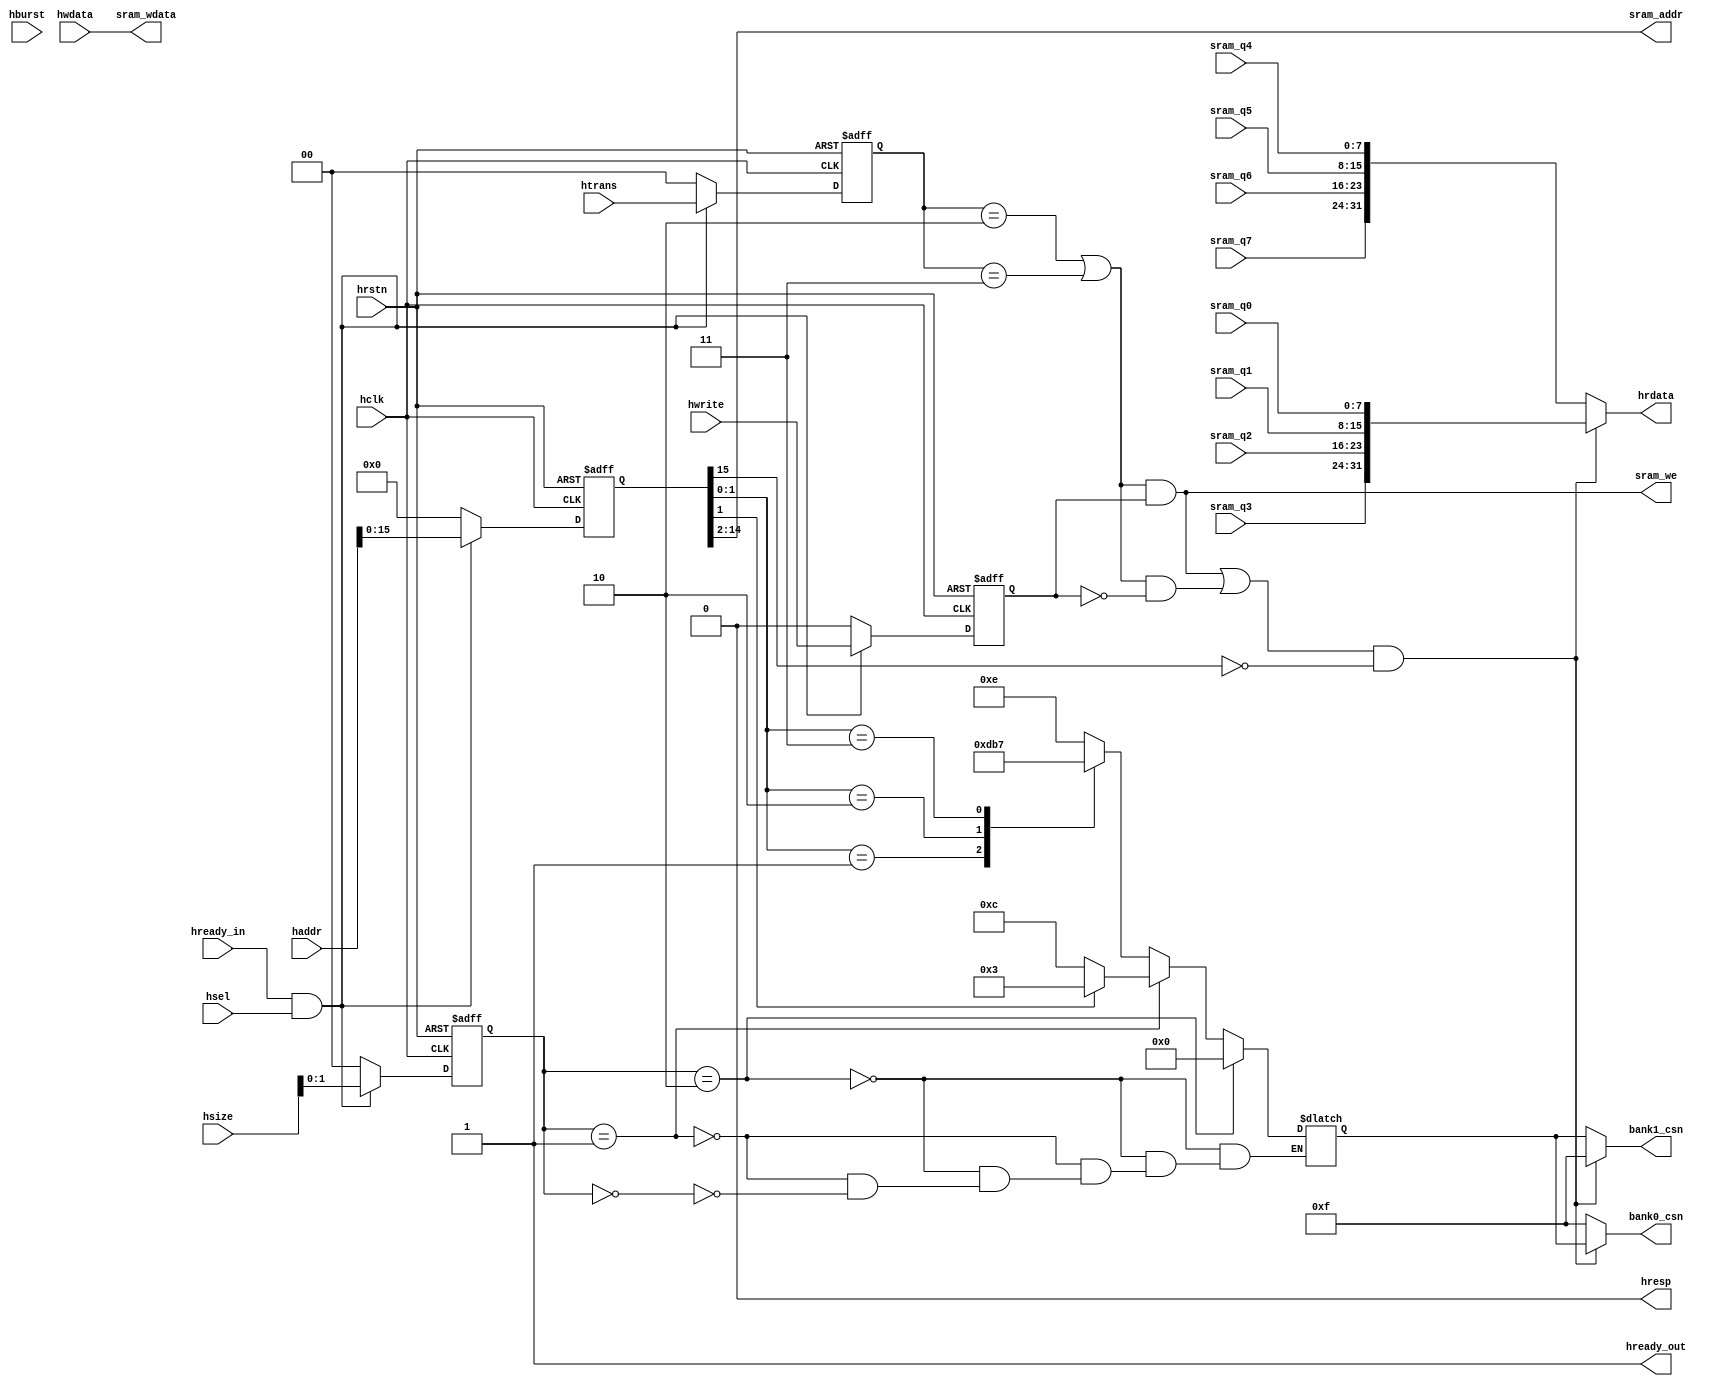
module ahb_sram(
    //input signals from Master
    input           hclk,
    input           hrstn,
    input           hsel,
    input [1:0]     htrans,
    input [2:0]     hsize,
    input [2:0]     hburst,
    input           hwrite,
    input [31:0]    haddr,
    input [31:0]    hwdata,
    input           hready_in,

    //output signals to Master
    output          hready_out,
    output          hresp,
    output [31:0]   hrdata,

    //input signals from sram_core(read data)
    input [7:0]     sram_q0,//bank0
    input [7:0]     sram_q1,
    input [7:0]     sram_q2,
    input [7:0]     sram_q3,
    input [7:0]     sram_q4,//bank1
    input [7:0]     sram_q5,
    input [7:0]     sram_q6,
    input [7:0]     sram_q7,   

    //output signals to sram_core, as sram_core contrl signals
    output [3:0]    bank0_csn,
    output [3:0]    bank1_csn,
    output          sram_we,
    output [12:0]   sram_addr,
    output [31:0]   sram_wdata
    );

    //---- htrans type ----
    parameter IDLE      = 2'b00;
    parameter BUSY      = 2'b01;
    parameter NONSEQ    = 2'b10;
    parameter SEQ       = 2'b11;

    //---- hsize type ----
    parameter BIT8      = 3'b000;
    parameter BIT16     = 3'b001;
    parameter BIT32     = 3'b010;
    // parameter BIT64     = 3'b011;
    // parameter BIT128    = 3'b100;
    // parameter BIT256    = 3'b101;
    // parameter BIT512    = 3'b110;
    // parameter BIT1024   = 3'b111;

    //---- hburst type ----   
    parameter SINGAL    = 3'b000; //SRAM operation just need SINGAL mode
    // parameter INCR      = 3'b001;
    // parameter WRAP4     = 3'b010;
    // parameter INCR4     = 3'b011;
    // parameter WRAP8     = 3'b100;
    // parameter INCR8     = 3'b101;
    // parameter WRAP16    = 3'b110;
    // parameter INCR16    = 3'b111;

    //----- hresp type -----
    parameter OKAY      = 1'b0;
    parameter ERROR     = 1'b1;

    //------ address and control signals delay, to meet  SRAM -----------------------------------------
    reg [1:0]       htrans_r;
    reg [2:0]       hsize_r;
    reg [2:0]       hburst_r;
    reg             hwrite_r;
    reg [31:0]      haddr_r;
    always @(posedge hclk, negedge hrstn) begin
        if(!hrstn) begin
            htrans_r <= 'd0;
            hsize_r  <= 'd0;
            hburst_r <= 'd0;
            hwrite_r <= 'd0;
            haddr_r  <= 'd0;
        end
        else if (hready_in&&hsel) begin //AHB transfer has 2 phase: address phase and data phase,while address phase is
            htrans_r <= htrans;         //a clock ahead of data phase.
            hsize_r  <= hsize;          //SRAM: address and data phase is in a same phase.
            hburst_r <= hburst;         //thus, AHB's address and control signals need to lag a clock,then address phase and 
            hwrite_r <= hwrite;         // data phase is in the same phase, which meet the access behavior of SRAM.
            haddr_r  <= haddr;
        end
        else begin
            htrans_r <= 'd0;
            hsize_r  <= 'd0;
            hburst_r <= 'd0;
            hwrite_r <= 'd0;
            haddr_r  <= 'd0;
        end
    end

    //----- -------------------------------------------------------------
    wire sram_write;
    wire sram_read;
    wire sram_we;
    wire sram_en;
    assign sram_write = (htrans_r==NONSEQ || htrans_r==SEQ) && (hwrite_r);
    assign sram_read  = (htrans_r==NONSEQ || htrans_r==SEQ) && (!hwrite_r);
    assign sram_en    = sram_write|sram_read;
    assign sram_we    = sram_write;//*

    wire [15:0]  sram_addr_64K;
    assign sram_addr_64K = haddr_r[15:0]; //sram totally has 64K data, means need 16 address lines
    assign sram_addr     = sram_addr_64K[14:2];//* a bank line has 32bits data,need 4 bit address
                                               // a signal sram has 8K stroage space, which needs 13 address lines
    reg [3:0] sram_csn;
    wire bank_sel;
    assign bank_sel  = sram_en && (sram_addr_64K[15]==0);//1:select bank0,  0:select bank1
    assign bank1_csn =  bank_sel ?  4'b1111  : sram_csn ;//*
    assign bank0_csn =  bank_sel ?  sram_csn : 4'b1111  ;//*
    always @(haddr_r[1:0], hsize_r[1:0]) begin
        if(hsize_r[1:0]==BIT32) begin// transfer 32bit data, a bank line is all selected, 0 is valid
            sram_csn = 4'b0000;
        end
        else if(hsize_r[1:0]==BIT16)begin// transfer 16bit data, half of bank line is selected
            case (haddr_r[1])
                1'b0:sram_csn = 4'b1100; // select low 16bits
                1'b1:sram_csn = 4'b0011; // select high 16bits
            endcase      
        end
        else if(hsize_r[1:0]==BIT8) begin// transfer 8bit data, 1/4 bank line is selected
            case (haddr_r[1:0])
                2'b00: sram_csn = 4'b1110;//select 1st byte
                2'b01: sram_csn = 4'b1101;//select 2nd byte
                2'b10: sram_csn = 4'b1011;//select 3th byte
                2'b11: sram_csn = 4'b0111;//select 4th byte
            endcase
        end
    end

    assign sram_wdata   = hwdata;//*

    assign hrdata       = bank_sel ? {sram_q3,sram_q2,sram_q1,sram_q0} : {sram_q7,sram_q6,sram_q5,sram_q4};//*
    assign hready_out   = 1'b1; //* slave always ready
    assign hresp        = OKAY; //* slave always OKAY
    
endmodule